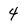
Character: 4